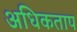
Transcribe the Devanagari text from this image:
अधिकताप